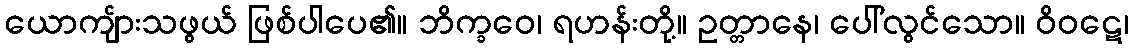
ယောကျ်ားသဖွယ် ဖြစ်ပါပေ၏။ ဘိက္ခဝေ၊ ရဟန်းတို့။ ဥတ္တာနေ၊ ပေါ်လွင်သော။ ဝိဝဋေ၊